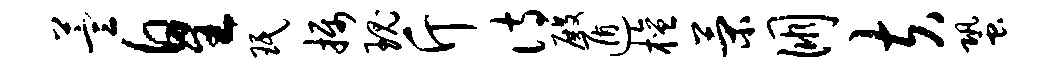
萱皇珉摄瑰斤诗殿遁檀策朋夫蛩